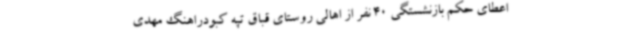
اعطای حکم بازنشستگی 40 نفر از اهالی روستای قباق تپه کبودراهنگ مهدی